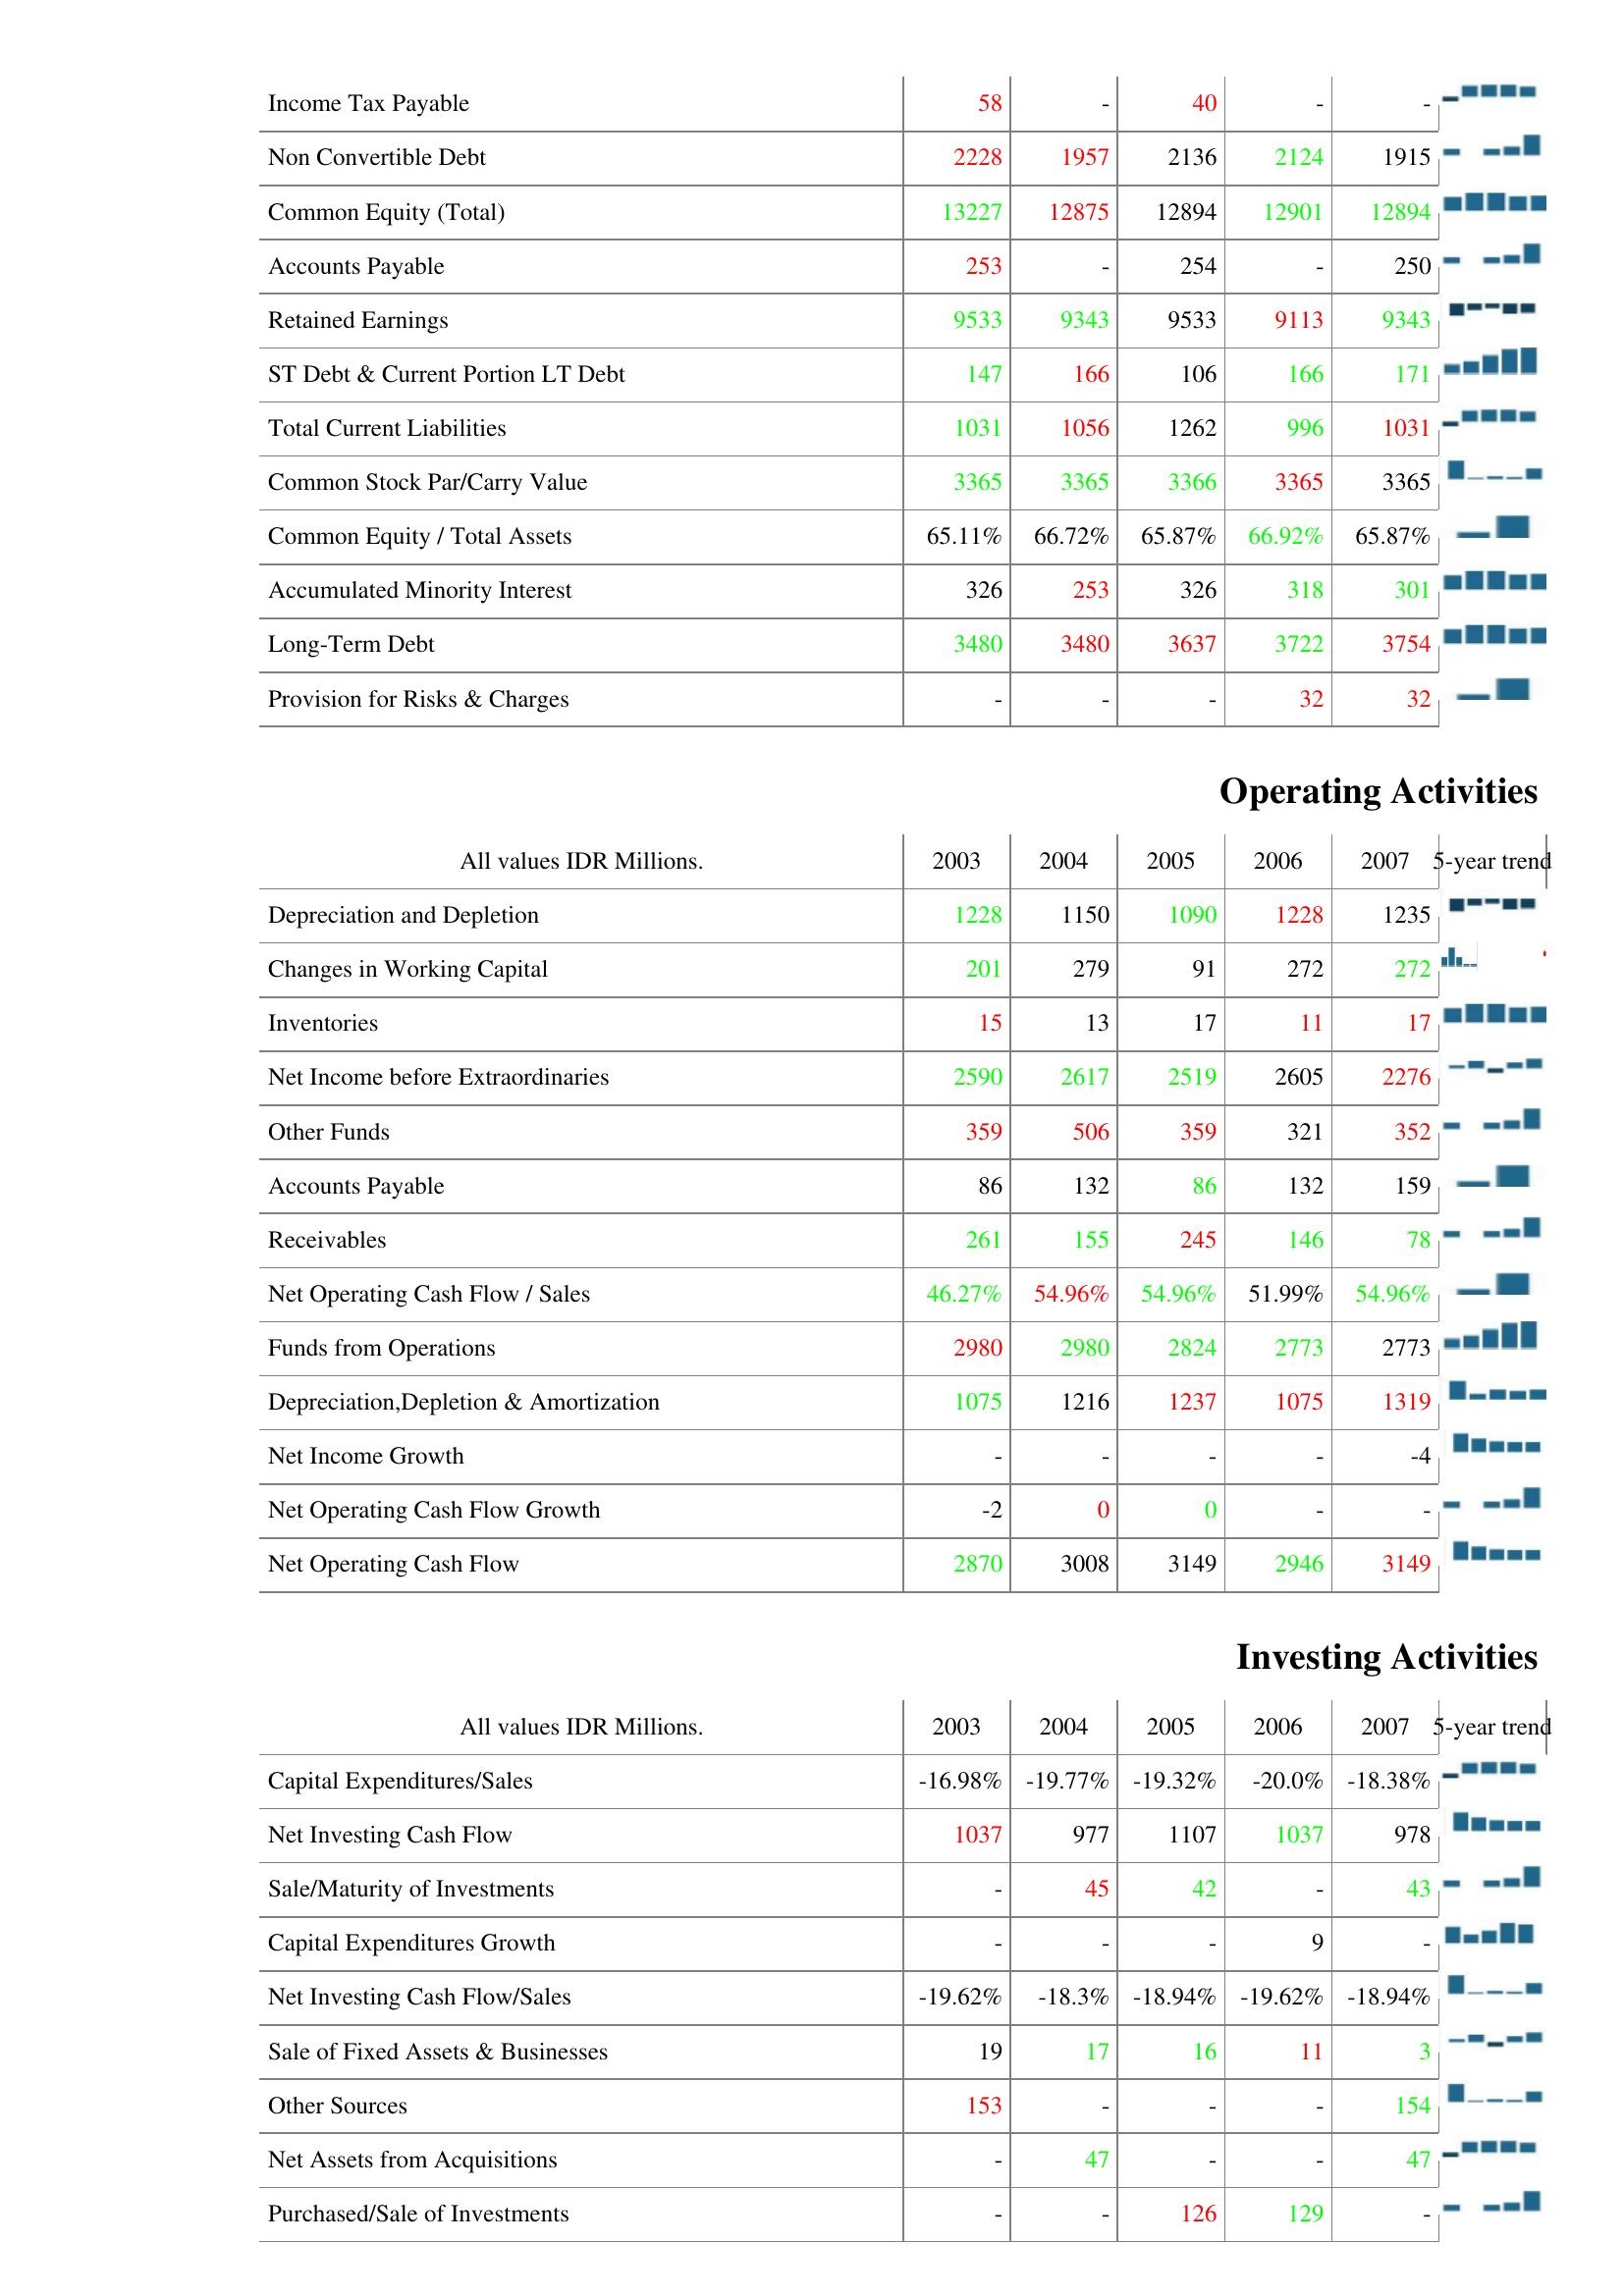
2003: Liabilities & Shareholder's Equity: Income Tax Payable: 58
Non Convertible Debt: 2228
Common Equity (Total): 13227
Accounts Payable: 253
Retained Earnings: 9533
ST Debt & Current Portion LT Debt: 147
Total Current Liabilities: 1031
Common Stock Par/Carry Value: 3365
Common Equity / Total Assets: 65.11%
Accumulated Minority Interest: 326
Long-Term Debt: 3480
Provision for Risks & Charges: -
Operating Activities: Depreciation and Depletion: 1228
Changes in Working Capital: 201
Inventories: 15
Net Income before Extraordinaries: 2590
Other Funds: 359
Accounts Payable: 86
Receivables: 261
Net Operating Cash Flow / Sales: 46.27%
Funds from Operations: 2980
Depreciation,Depletion & Amortization: 1075
Net Income Growth: -
Net Operating Cash Flow Growth: -2
Net Operating Cash Flow: 2870
Investing Activities: Capital Expenditures/Sales: -16.98%
Net Investing Cash Flow: 1037
Sale/Maturity of Investments: -
Capital Expenditures Growth: -
Net Investing Cash Flow/Sales: -19.62%
Sale of Fixed Assets & Businesses: 19
Other Sources: 153
Net Assets from Acquisitions: -
Purchased/Sale of Investments: -
2004: Liabilities & Shareholder's Equity: Income Tax Payable: -
Non Convertible Debt: 1957
Common Equity (Total): 12875
Accounts Payable: -
Retained Earnings: 9343
ST Debt & Current Portion LT Debt: 166
Total Current Liabilities: 1056
Common Stock Par/Carry Value: 3365
Common Equity / Total Assets: 66.72%
Accumulated Minority Interest: 253
Long-Term Debt: 3480
Provision for Risks & Charges: -
Operating Activities: Depreciation and Depletion: 1150
Changes in Working Capital: 279
Inventories: 13
Net Income before Extraordinaries: 2617
Other Funds: 506
Accounts Payable: 132
Receivables: 155
Net Operating Cash Flow / Sales: 54.96%
Funds from Operations: 2980
Depreciation,Depletion & Amortization: 1216
Net Income Growth: -
Net Operating Cash Flow Growth: 0
Net Operating Cash Flow: 3008
Investing Activities: Capital Expenditures/Sales: -19.77%
Net Investing Cash Flow: 977
Sale/Maturity of Investments: 45
Capital Expenditures Growth: -
Net Investing Cash Flow/Sales: -18.3%
Sale of Fixed Assets & Businesses: 17
Other Sources: -
Net Assets from Acquisitions: 47
Purchased/Sale of Investments: -
2005: Liabilities & Shareholder's Equity: Income Tax Payable: 40
Non Convertible Debt: 2136
Common Equity (Total): 12894
Accounts Payable: 254
Retained Earnings: 9533
ST Debt & Current Portion LT Debt: 106
Total Current Liabilities: 1262
Common Stock Par/Carry Value: 3366
Common Equity / Total Assets: 65.87%
Accumulated Minority Interest: 326
Long-Term Debt: 3637
Provision for Risks & Charges: -
Operating Activities: Depreciation and Depletion: 1090
Changes in Working Capital: 91
Inventories: 17
Net Income before Extraordinaries: 2519
Other Funds: 359
Accounts Payable: 86
Receivables: 245
Net Operating Cash Flow / Sales: 54.96%
Funds from Operations: 2824
Depreciation,Depletion & Amortization: 1237
Net Income Growth: -
Net Operating Cash Flow Growth: 0
Net Operating Cash Flow: 3149
Investing Activities: Capital Expenditures/Sales: -19.32%
Net Investing Cash Flow: 1107
Sale/Maturity of Investments: 42
Capital Expenditures Growth: -
Net Investing Cash Flow/Sales: -18.94%
Sale of Fixed Assets & Businesses: 16
Other Sources: -
Net Assets from Acquisitions: -
Purchased/Sale of Investments: 126
2006: Liabilities & Shareholder's Equity: Income Tax Payable: -
Non Convertible Debt: 2124
Common Equity (Total): 12901
Accounts Payable: -
Retained Earnings: 9113
ST Debt & Current Portion LT Debt: 166
Total Current Liabilities: 996
Common Stock Par/Carry Value: 3365
Common Equity / Total Assets: 66.92%
Accumulated Minority Interest: 318
Long-Term Debt: 3722
Provision for Risks & Charges: 32
Operating Activities: Depreciation and Depletion: 1228
Changes in Working Capital: 272
Inventories: 11
Net Income before Extraordinaries: 2605
Other Funds: 321
Accounts Payable: 132
Receivables: 146
Net Operating Cash Flow / Sales: 51.99%
Funds from Operations: 2773
Depreciation,Depletion & Amortization: 1075
Net Income Growth: -
Net Operating Cash Flow Growth: -
Net Operating Cash Flow: 2946
Investing Activities: Capital Expenditures/Sales: -20.0%
Net Investing Cash Flow: 1037
Sale/Maturity of Investments: -
Capital Expenditures Growth: 9
Net Investing Cash Flow/Sales: -19.62%
Sale of Fixed Assets & Businesses: 11
Other Sources: -
Net Assets from Acquisitions: -
Purchased/Sale of Investments: 129
2007: Liabilities & Shareholder's Equity: Income Tax Payable: -
Non Convertible Debt: 1915
Common Equity (Total): 12894
Accounts Payable: 250
Retained Earnings: 9343
ST Debt & Current Portion LT Debt: 171
Total Current Liabilities: 1031
Common Stock Par/Carry Value: 3365
Common Equity / Total Assets: 65.87%
Accumulated Minority Interest: 301
Long-Term Debt: 3754
Provision for Risks & Charges: 32
Operating Activities: Depreciation and Depletion: 1235
Changes in Working Capital: 272
Inventories: 17
Net Income before Extraordinaries: 2276
Other Funds: 352
Accounts Payable: 159
Receivables: 78
Net Operating Cash Flow / Sales: 54.96%
Funds from Operations: 2773
Depreciation,Depletion & Amortization: 1319
Net Income Growth: -4
Net Operating Cash Flow Growth: -
Net Operating Cash Flow: 3149
Investing Activities: Capital Expenditures/Sales: -18.38%
Net Investing Cash Flow: 978
Sale/Maturity of Investments: 43
Capital Expenditures Growth: -
Net Investing Cash Flow/Sales: -18.94%
Sale of Fixed Assets & Businesses: 3
Other Sources: 154
Net Assets from Acquisitions: 47
Purchased/Sale of Investments: -